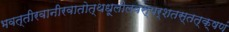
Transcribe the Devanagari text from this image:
भवत्तीरवानीरवातोत्थधूलीलवस्पर्शतस्तत्क्षणं